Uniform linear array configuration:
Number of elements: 12
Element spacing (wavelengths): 0.25
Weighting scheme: exponential
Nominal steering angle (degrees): -60
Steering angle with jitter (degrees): -58.334
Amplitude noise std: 0.05
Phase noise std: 0.05

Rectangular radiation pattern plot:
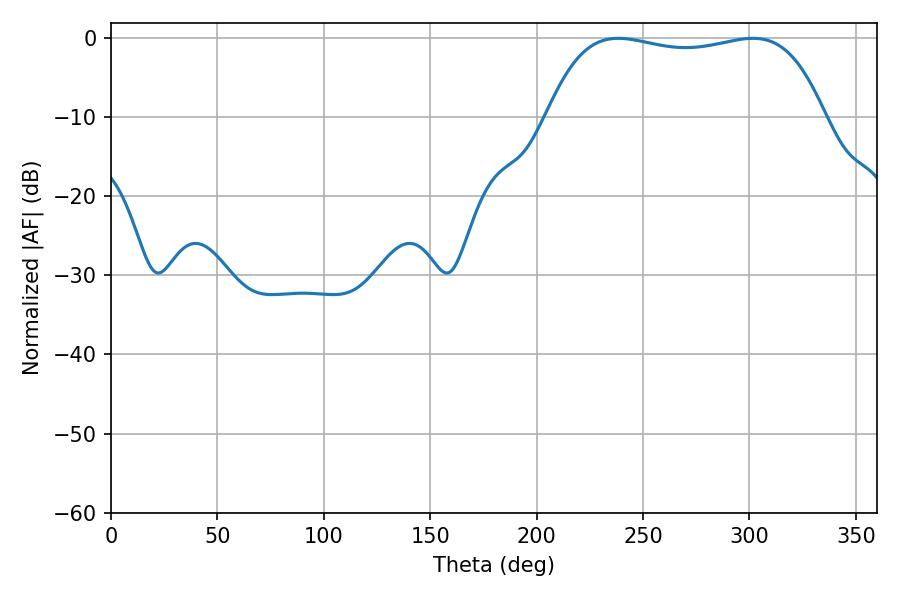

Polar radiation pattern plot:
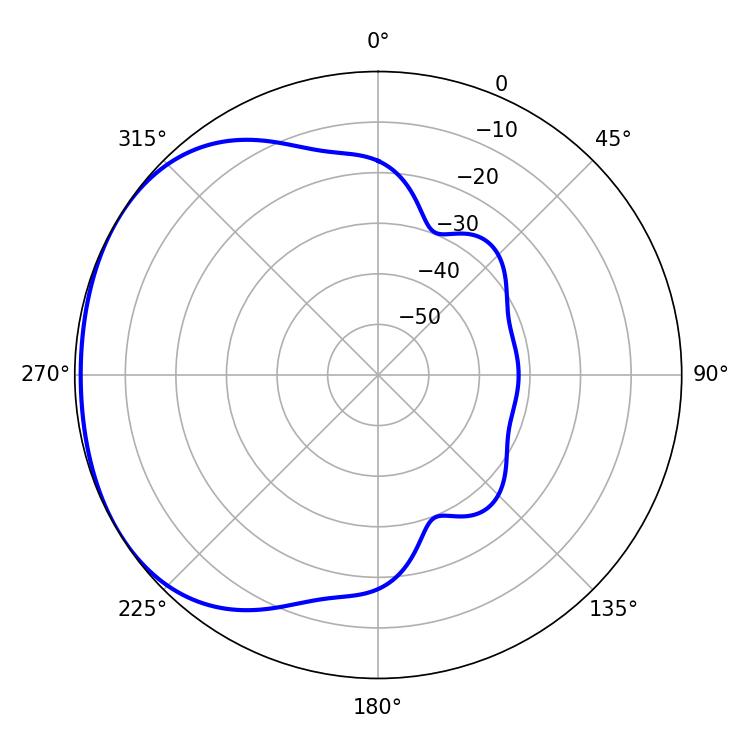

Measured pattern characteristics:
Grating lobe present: FALSE
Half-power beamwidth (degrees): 104.4
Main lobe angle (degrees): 238.32